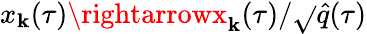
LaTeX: x_{\mathbf{k}}(\tau)\rightarrowx_{\mathbf{k}}(\tau)/\sqrt{}{{\hat{{q}}(\tau)}}